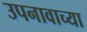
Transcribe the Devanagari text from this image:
उपनावाच्या